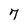
Character: 7